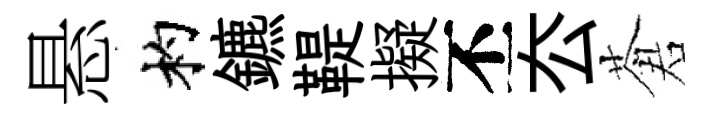
悬杓鑣鞮擬丕厺蒼